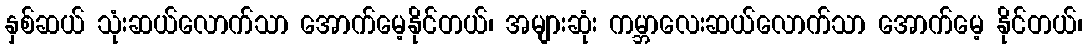
နှစ်ဆယ် သုံးဆယ်လောက်သာ အောက်မေ့နိုင်တယ်၊ အများဆုံး ကမ္ဘာလေးဆယ်လောက်သာ အောက်မေ့ နိုင်တယ်၊